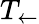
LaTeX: T_{\leftarrow}